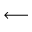
\longleftarrow